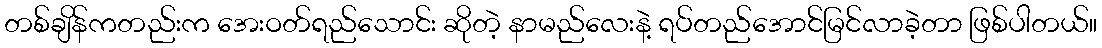
တစ်ချိန်ကတည်းက အေးဝတ်ရည်သောင်း ဆိုတဲ့ နာမည်လေးနဲ့ ရပ်တည်အောင်မြင်လာခဲ့တာ ဖြစ်ပါတယ်။